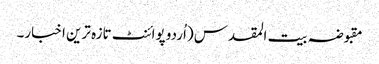
مقبوضہ بیت المقدس (اُردو پوائنٹ تازہ ترین اخبار۔